Civil Veterinary Department Bengal reports 1933-51 - 1933-1951
Year: 1933
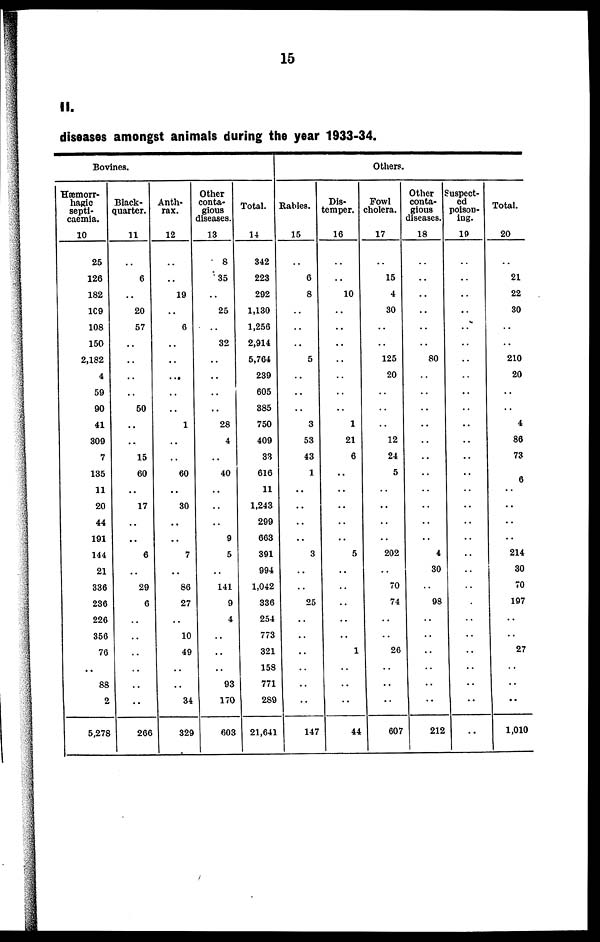
15
II.
diseases amongst animals during the year 1933-34.
Bovines.
Hæmorr-
hagic
septi-
caemia.
10
25
126
182
109
108
150
2,182
4
59
90
41
309
7
135
11
20
44
191
144
21
336
236
226
356
76
..
88
2
5,278
Black-
quarter.
11
..
6
..
20
57
..
..
..
..
50
..
..
15
60
..
17
..
..
6
..
29
6
..
..
..
..
..
..
266
Anth-
rax.
12
..
..
19
..
6
..
..
..
..
..
1
..
..
60
..
30
..
..
7
..
86
27
..
10
49
..
..
34
329
Other
conta-
gious
diseases.
13
8
35
..
25
..
32
..
..
..
..
28
4
..
40
..
..
..
9
5
..
141
9
4
..
..
..
93
170
603
Total.
14
342
223
292
1,130
1,256
2,914
5,764
239
605
385
750
409
33
616
11
1,243
299
663
391
994
1,042
336
254
773
321
158
771
289
21,641
Others
Rabies.
15
..
6
8
..
..
..
5
..
..
..
3
53
43
1
..
..
..
..
3
..
..
25
..
..
..
..
..
..
147
Dis-
temper.
16
..
..
10
..
..
..
..
..
..
..
1
21
6
..
..
..
..
..
5
..
..
..
..
..
1
..
..
..
44
Fowl
cholera.
17
..
15
4
30
..
..
125
20
..
..
..
12
24
5
..
..
..
..
202
..
70
74
..
..
26
..
..
..
607
Other
conta-
gious
diseases.
18
..
..
..
..
..
..
80
..
..
..
..
..
..
..
..
..
..
..
4
30
..
98
..
..
..
..
..
..
212
Suspect-
ed
poison-
ing.
19
..
..
..
..
..
..
..
..
..
..
..
..
..
..
..
..
..
..
..
..
..
..
..
..
..
..
..
..
..
Total.
20
..
21
22
30
..
..
210
20
..
..
4
86
73
6
..
..
..
..
214
30
70
197
..
..
27
..
..
..
1,010